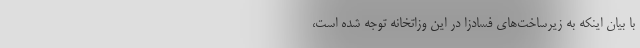
با بیان اینکه به زیرساخت‌های فسادزا در این وزاتخانه توجه شده است،